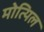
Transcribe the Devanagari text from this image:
मोत्यिल